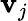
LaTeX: \mathbf{v}_{j}